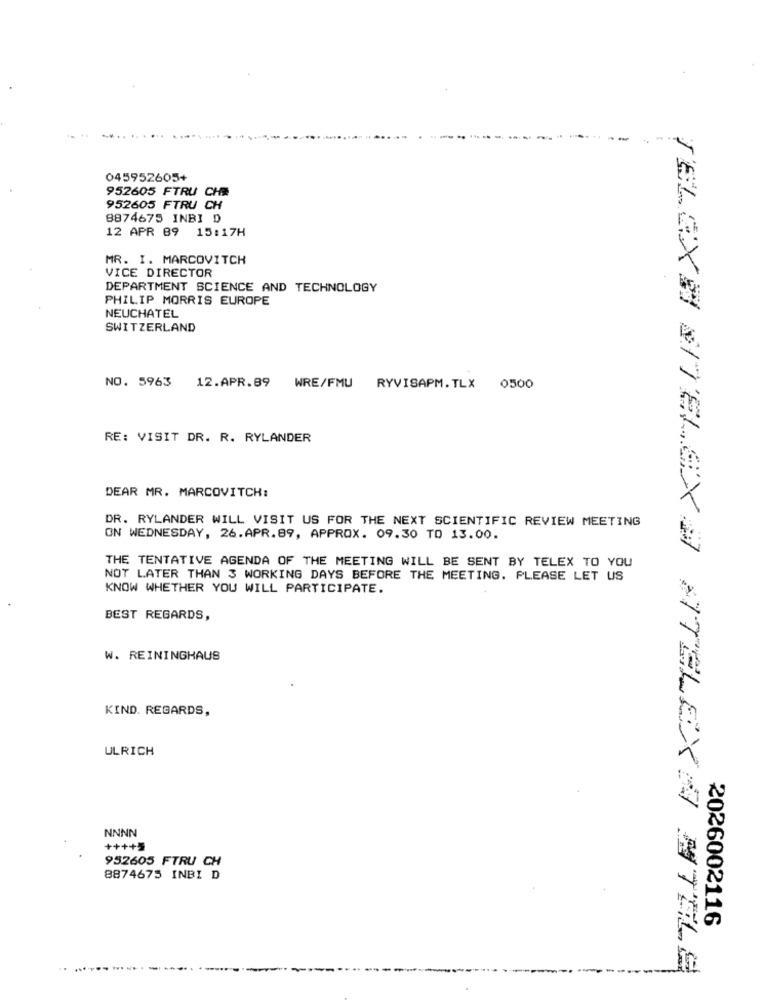
045952605+
952605 FTRU CHR
952605 FTRU CH
8874675 INBI D
12 APR 89 15:17H
MR. I. MARCOVITCH
VICE DIRECTOR
DEPARTMENT SCIENCE AND TECHNOLOGY
PHILIP MORRIS EUROPE
NEUCHATEL
SWITZERLAND
NO. 5963
12.APR.89 WRE/FMU RYVISAPM.TLX 0500
RE: VISIT DR. R. RYLANDER
DEAR MR. MARCOVITCH:
DR. RYLANDER WILL VISIT US FOR THE NEXT SCIENTIFIC REVIEW MEETING
ON WEDNESDAY, 26. APR. 89, APPROX. 09.30 TO 13.00.
THE TENTATIVE AGENDA OF THE MEETING WILL BE SENT BY TELEX TO YOU
NOT LATER THAN 3 WORKING DAYS BEFORE THE MEETING. PLEASE LET US
KNOW WHETHER YOU WILL PARTICIPATE.
BEST REGARDS,
W. REININGHAUS
KIND. REGARDS,
ULRICH
NNNN
++++5
952605 FTRU CH
8874675 INBI D
2026002116
....
TELEX# #TELEX A ATELEX A ATELE